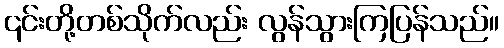
၎င်းတို့တစ်သိုက်လည်း လွန်သွားကြပြန်သည်။